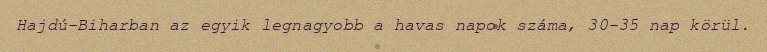
Hajdú-Biharban az egyik legnagyobb a havas napok száma, 30-35 nap körül.